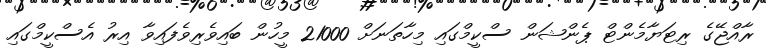
ރާއްޖޭގެ ރިޓަޔާމެންޓް ޕެންޝަން ސްކީމްގައި މިހާތަނަށް 21000 މީހުން ބައިވެރިވެފައިވާ އިރު އެސްކީމްގައި